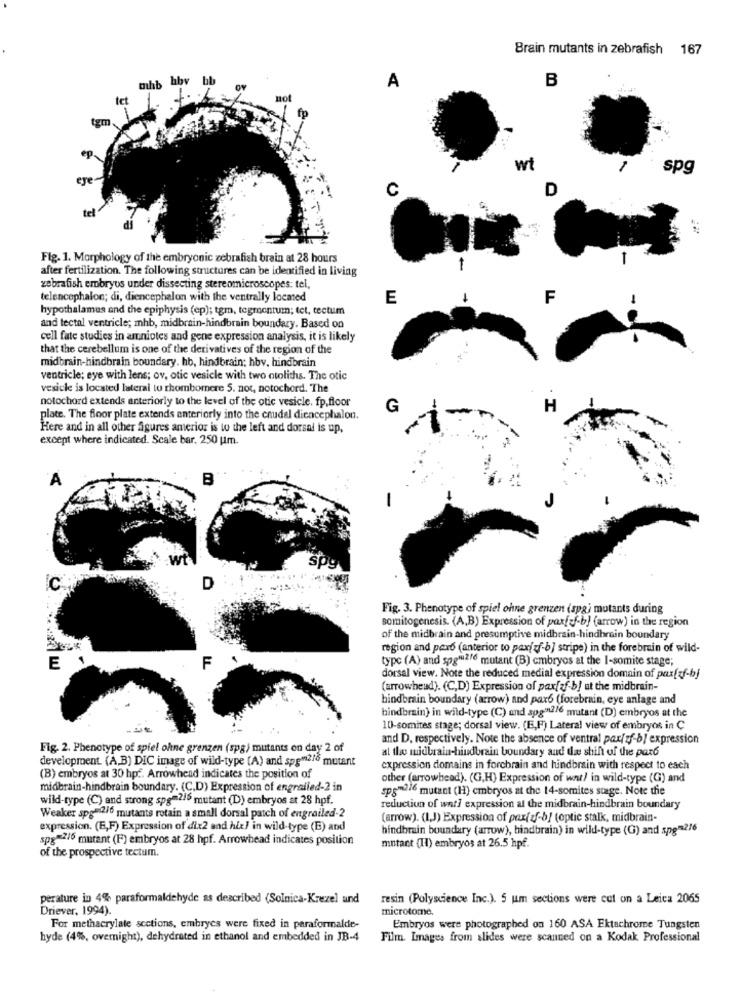
Brain mutants in zebrafish 167
mhb bbv bb
B
A
not
wt
spg
C
D
Fig. 1. Morphology of the embryonic zebrafish brain at 28 hours
-
after fertilization. The following structures can be identified in living
zebrafish embryos under dissecting stereomicroscopes: tel,
telencephalon; di, diencephalon with the ventrally locmed
E
F
hypothalamus and the epiphysis (ep); tgm, tegmentum; tet, tectum
-
and tectal ventricle; mhb, midbrain-hindbrain boundary. Based on
cell fate studies in amniotes and gene expression analysis, it is likely
that the cerebellum is one of the derivatives of the region of the
midbrain-hindbrain boundary. hb, hindbrain; hbv, hindbrain
ventricle; eye with lens; ov, otic vesicle with two otoliths. The otic
vesicle is located lateral to rhombomere 5. not, notochord. The
notochord extends anteriorly to the level of the otic vesicle. fp,floor
G
H
plate. The floor plate extends anteriorly into the caudal diencephalon.
Here and in all other figures amerior is to the left and dorsal is up,
except where indicated. Scale bar, 250 |m.
A
c
D
Fig. 3. Phenotype of spiel ohne grenzen (spg) mutants during
somitogenesis. (A,B) Expression of paxfaf-b) (arrow) in the region
of the midbrain and presumptive midbrain-hindbrain boundary
region and pax6 (anterior to paxjuf-b] stripe) in the forebrain of wild-
F
type (A) and spgiu2/6 mutant (B) cmbryos at the I-somite stage;
dorsal view. Note the reduced medial expression domain of pax[f-bj
(arrowhead). (C,D) Expression of paxfaf-b! ut the midbrain-
hindbmain boundary (arrow) and pax6 (forebrain, eye anlage and
bindbrain) in wild-type (C) and spg"2/6 mutant (D) embryos at the
10-somites stage; dorsal view. (IE,F) Lateral view of embryos in C
and D, respectively. Note the absence of ventral pax/zf-b/ expression
Fig. 2. Phenotype of spiel ohne grenzen (spa) mutants on day 2 of
al the midbrain-hindbrain boundary and the shift of the pard
development. (A,B) DIC image of wild-type (A) and spg#216 mutant
expression domains in forcbrain and hindbrain with respect to each
(B) embryos at 30 hpf. Arrowhead indicates the position of
other (arrowhead). (G,H) Expression of war/ in wild-type (G) and
midbrain-hindbrain boundary. (C,D) Expression of engrailed-2 in
sps"216 mutant (H) embryos at the 14-somites stage. Note the
wild-type (C) and strong spgm2/5 mutant (D) embryos at 28 hpf.
reduction of wat? expression al the midbrain-hindbrain boundary
Weaker spg-2/6 mutants rotain a small dorsal patch of engrailed-2
(arrow). (I,J) Expression of pax(f-b) (optic stalk, midbrain-
expression. (E,F) Expression of dix2 and hit! in wild-type (E) and
hindbrain boundary (arrow), hindbrain) in wild-type (G) and spg-216
spg-2/6 mutant (F) embryos at 28 hpf. Arrowhead indicates position
mntant (II) embryos at 26.5 hpf.
of the prospective tectum.
perature in 4% paraformaldehyde as described (Solnica-Krezel and
resin (Polyscience Inc.). 5 um sections were cot on a Leica 2065
Driever, 1994).
microtome.
For methacrylate sections, embryes were fixed in paraformalde-
Embryos were photographed on 160 ASA Ektachrome Tungsten
hyde (4%, overnight), dehydrated in ethanol and embedded in JB-4
Film. Images from slides were scanned on a Kodak Professional